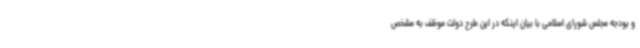
و بودجه مجلس شورای اسلامی با بیان اینکه در این طرح دولت موظف به مشخص